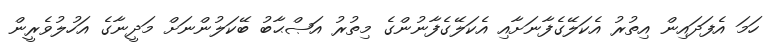
ހަމަ އެފަދައިން އިތުރު އެކަލޭގެފާނަށާއި އެކަލޭގެފާނުންގެ މިތުރު އަޞްޙާބު ބޭކަލުންނަށް މަދީނާގެ އަހުލުވެރީން